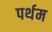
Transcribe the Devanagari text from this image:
पर्थम